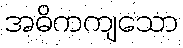
အဓိကကျသော